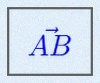
\vec{AB}